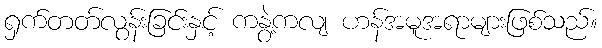
ရှက်တတ်လွန်းခြင်းနှင့် ကနွဲ့ကလျ ဟန်အမူအရာများဖြစ်သည်။